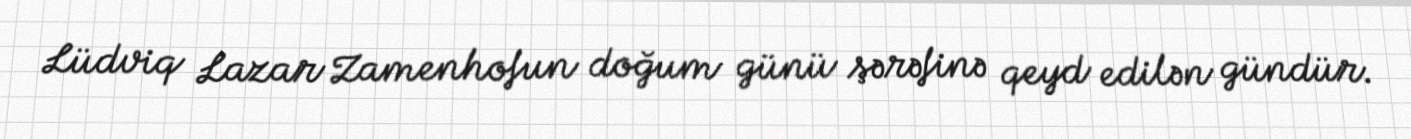
Lüdviq Lazar Zamenhofun doğum günü şərəfinə qeyd edilən gündür.